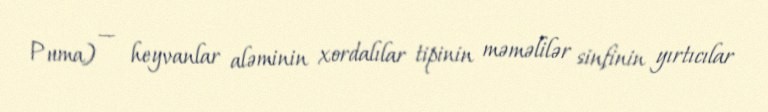
Puma) — heyvanlar aləminin xordalılar tipinin məməlilər sinfinin yırtıcılar